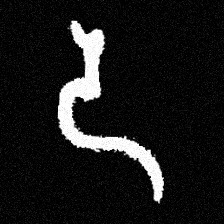
Pyu character \u2014 Myanmar letter: ဒ (romanized: da)